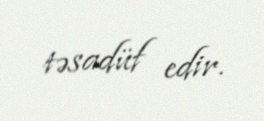
təsadüf edir.